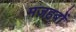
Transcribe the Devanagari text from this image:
मज़हबों